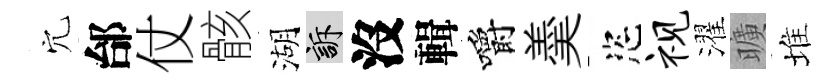
穴邰仗骸湖訴沒輯嚼羮恣视濯曠堆